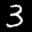
Label: 3